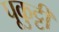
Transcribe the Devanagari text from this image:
पूकुट्टी